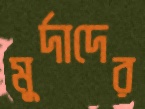
মুর্দাদের